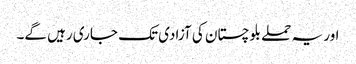
اور یہ حملے بلوچستان کی آزادی تک جاری رہیں گے۔